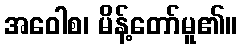
အဝေါစ၊ မိန့်တော်မူ၏။